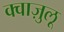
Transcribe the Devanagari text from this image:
क्वाज़ुलू